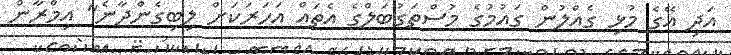
އަދި އޭގެ މުޅި ގެއްލުން ގައުމުގެ މުސްތަގުބަލްގެ އެތައް އަހަރަކަށް ލިބިގެންދާނެ" އިމްރާން